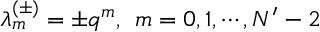
\lambda _ { m } ^ { ( \pm ) } = \pm q ^ { m } , \; \, m = 0 , 1 , \cdots , N ^ { \prime } - 2